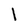
Character: l